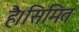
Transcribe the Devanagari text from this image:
है।सिमित